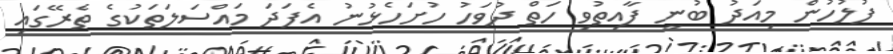
ފުލުހުން މިއަދު ބުނީ ފާއިތުވި ހަތް ދުވަހު ހުށަހެޅުނު އެފަދަ މައްސަލަތަކުގެ ތެރޭގައި